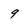
Character: 9